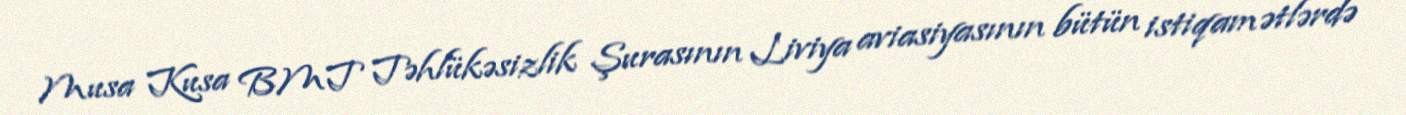
Musa Kusa BMT Təhlükəsizlik Şurasının Liviya aviasiyasının bütün istiqamətlərdə